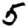
Digit: 5